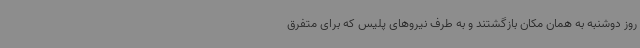
روز دوشنبه به همان مکان بازگشتند و به طرف نیروهای پلیس که برای متفرق